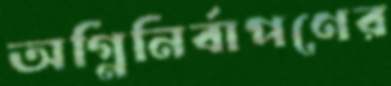
অগ্নিনির্বাপণের